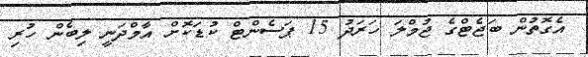
އެގޮތުން ބަޖެޓްގެ ޖުމްލަ ހަރަދު 15 ޕަސެންޓް ކުޑަކޮށް އާމްދަނީ ލިބެން ހުރި